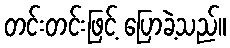
တင်းတင်းဖြင့် ပြောခဲ့သည်။